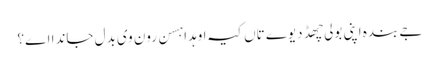
جے بندہ اپنی بولی چھڈ دیوے تاں کیہ اوہدا ہسن رون وی بدل جاندا اے؟